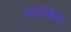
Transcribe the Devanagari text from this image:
व्याखित